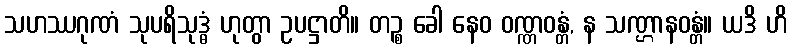
သဟဿဂုဏံ သုပရိသုဒ္ဓံ ဟုတွာ ဥပဋ္ဌာတိ။ တဉ္စ ခေါ နေဝ ဝဏ္ဏဝန္တံ, န သဏ္ဌာနဝန္တံ။ ယဒိ ဟိ